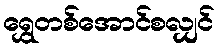
ရွှေတစ်အောင်စလျှင်